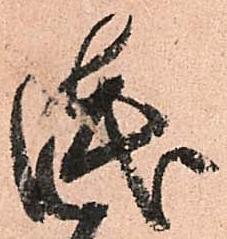
浅